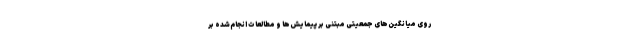
روی میانگین‌‌های جمعیتیِ مبتنی بر پیمایش‌ها و مطالعاتِ انجام‌شده بر